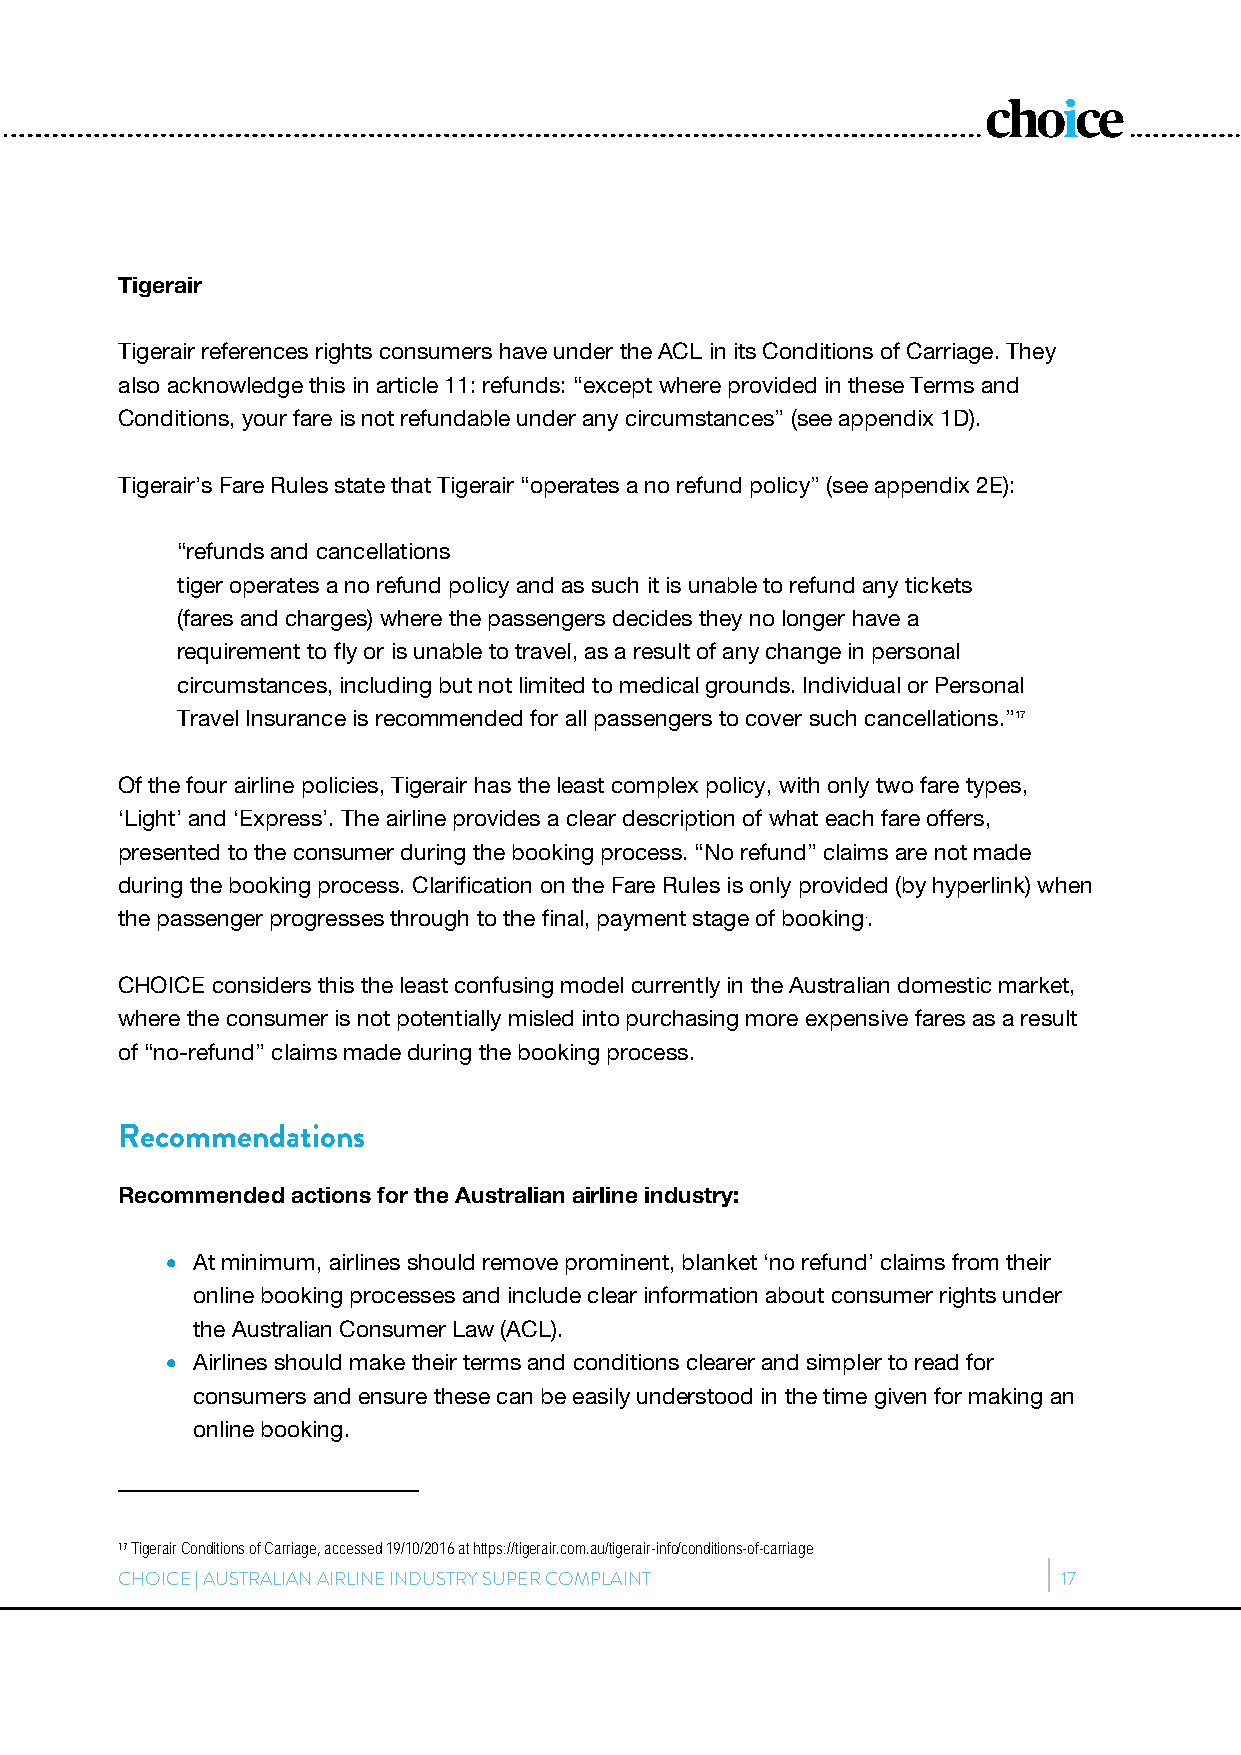
Tigerair
 Tigerair references rights consumers have under the ACL in its Conditions of Carriage. They
 also acknowledge this in article 11: refunds: “except where provided in these Terms and
 Conditions, your fare is not refundable under any circumstances” (see appendix 1D).
 Tigerair’s Fare Rules state that Tigerair “operates a no refund policy” (see appendix 2E):
 “refunds and cancellations
 tiger operates a no refund policy and as such it is unable to refund any tickets
 (fares and charges) where the passengers decides they no longer have a
 requirement to fly or is unable to travel, as a result of any change in personal
 circumstances, including but not limited to medical grounds. Individual or Personal
 Travel Insurance is recommended for all passengers to cover such cancellations.”17
 Of the four airline policies, Tigerair has the least complex policy, with only two fare types,
 ‘Light’ and ‘Express’. The airline provides a clear description of what each fare offers,
 presented to the consumer during the booking process. “No refund” claims are not made
 during the booking process. Clarification on the Fare Rules is only provided (by hyperlink) when
 the passenger progresses through to the final, payment stage of booking..
 CHOICE considers this the least confusing model currently in the Australian domestic market,
 where the consumer is not potentially misled into purchasing more expensive fares as a result
 of “no-refund” claims made during the booking process.
 Recommendations
 Recommended actions for the Australian airline industry:
  At minimum, airlines should remove prominent, blanket ‘no refund’ claims from their
 online booking processes and include clear information about consumer rights under
 the Australian Consumer Law (ACL).
  Airlines should make their terms and conditions clearer and simpler to read for
 consumers and ensure these can be easily understood in the time given for making an
 online booking.
 17 Tigerair Conditions of Carriage, accessed 19/10/2016 at https://tigerair.com.au/tigerair-info/conditions-of-carriage
 CHOICE | AUSTRALIAN AIRLINE INDUSTRY SUPER COMPLAINT          17